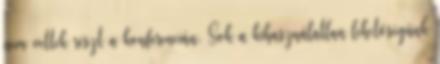
nem vettek részt a konferencián. Sok a kihasználatlan lehetőségünk